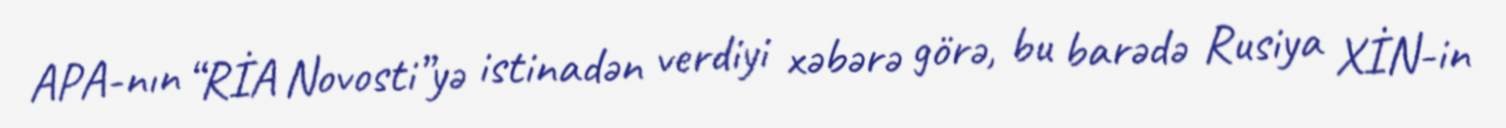
APA-nın “RİA Novosti”yə istinadən verdiyi xəbərə görə, bu barədə Rusiya XİN-in